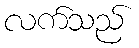
လက်သည်